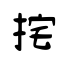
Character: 挓